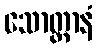
သောတ္ထာနံ